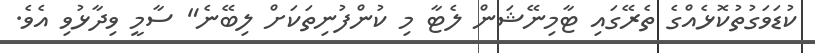
ކުޑަވަގުތުކޮޅެއްގެ ތެރޭގައި ޓާމިނޭޝަން ލެޓާ މި ކުންފުނިތަކަށް ލިބޭނެ" ސާމީ ވިދާޅުވި އެވެ.